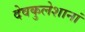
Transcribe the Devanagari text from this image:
देवकुलेशानां